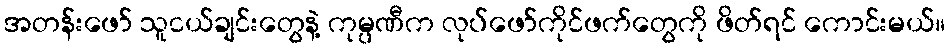
အတန်းဖော် သူငယ်ချင်းတွေနဲ့ ကုမ္ပဏီက လုပ်ဖော်ကိုင်ဖက်တွေကို ဖိတ်ရင် ကောင်းမယ်။